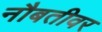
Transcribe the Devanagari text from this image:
नौबतीवर